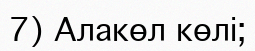
7) Алакөл көлі;